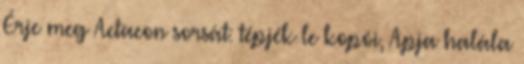
Érje meg Actaeon sorsát: tépjék le kopói, Apja halála